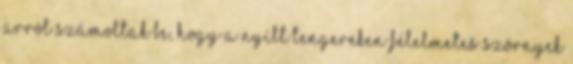
arról számoltak be, hogy a nyílt tengereken félelmetes szörnyek